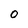
Character: 0